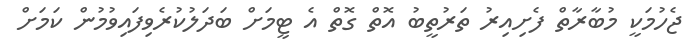
ޖެހުމަކީ މުބާރާތް ފެށިއިރު ތަރުތީބު އޮތް ގޮތް އެ ޓީމަށް ބަދަލުކުރެވިފައިވުމުން ކަމަށް